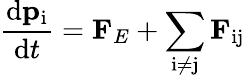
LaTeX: {\frac{\mathrm{d}\mathbf{p}_{\mathrm{i}}}{\mathrm{d}t}}=\mathbf{F}_{E}+\sum_{\mathrm{i}\neq\mathrm{j}}\mathbf{F}_{\mathrm{ij}}\,